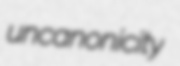
uncanonicity